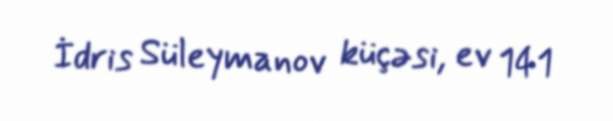
İdris Süleymanov küçəsi, ev 141